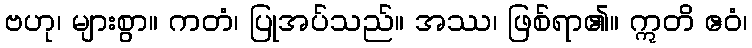
ဗဟု၊ များစွာ။ ကတံ၊ ပြုအပ်သည်။ အဿ၊ ဖြစ်ရာ၏။ ဣတိ ဧဝံ၊